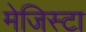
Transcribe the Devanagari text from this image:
मेजिस्टा